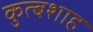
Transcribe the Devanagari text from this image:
कुत्बशाह